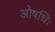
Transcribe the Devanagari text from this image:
ओषधिः